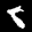
Label: 8